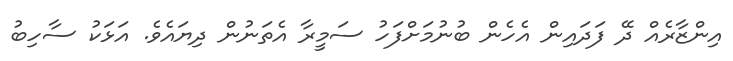
އިންޒާރެއް ދޭ ފަދައިން އެހެން ބުނުމަށްފަހު ސަމީރާ އެތަނުން ދިޔައެވެ. އަޅަކު ސާހިބު